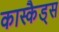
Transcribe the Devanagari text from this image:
कास्कैड्स